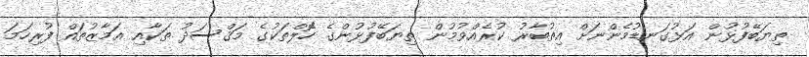
ތިޔަބޭފުޅުން އަޅުގަނޑުމެންނަށް އިތުބާރު ކުރެއްވުމުން ތިޔަބޭފުޅުންގެ ހޮެލްތަކުގެ މަޤްސަދު ތަކާއި އަމާޒުތައް ފުރިހަމަ